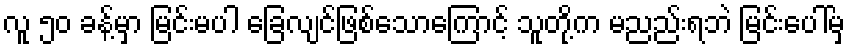
လူ ၅၀ ခန့်မှာ မြင်းမပါ ခြေလျင်ဖြစ်သောကြောင့် သူတို့က မညည်းရဘဲ မြင်းပေါ်မှ